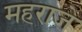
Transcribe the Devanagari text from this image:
महराजे